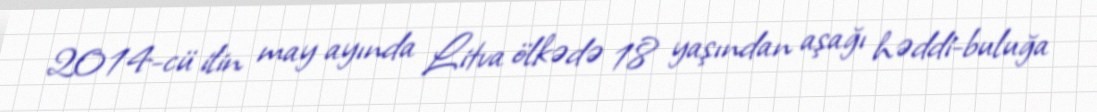
2014-cü ilin may ayında Litva ölkədə 18 yaşından aşağı həddi-buluğa